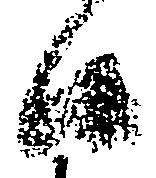
候